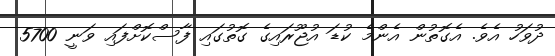
ދުވަހު އެވެ. އެގޮތުން އެންމެ ކުޑަ އުޖޫރައިގެ ގޮތުގައި ފާސްކޮށްފައި ވަނީ 5700